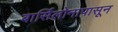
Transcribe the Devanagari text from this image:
बार्सिलोनापासून